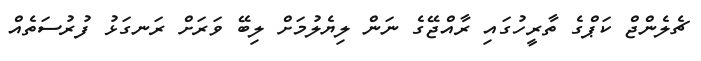
ޗެލެންޖް ކަޕްގެ ތާރީހުގައި ރާއްޖޭގެ ނަން ލިޔެލުމަށް ލިބޭ ވަރަށް ރަނގަޅު ފުރުސަތެއް